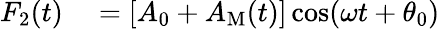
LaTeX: \begin{array}{rl}{F_{2}(t)}&{{}=[A_{0}+A_{\mathrm{M}}(t)]\cos(\omega t+\theta_{0})}\end{array}